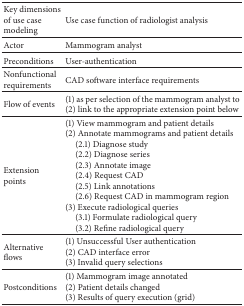
| Key dimensions of use case modeling | Use case function of radiologist analysis |
 | --- | --- |
 | Actor | Mammogram analyst |
 | Preconditions | User-authentication |
 | Nonfunctional requirements | CAD software interface requirements |
 | Flow of events | (1) as per selection of the mammogram analyst to(2) link to the appropriate extension point below |
 | Extension points | (1) View mammogram and patient details(2) Annotate mammograms and patient details (2.1) Diagnose study> (2.2) Diagnose series> (2.3) Annotate image> (2.4) Request CAD> (2.5) Link annotations> (2.6) Request CAD in mammogram region(3) Execute radiological queries> (3.1) Formulate radiological query> (3.2) Refine radiological query |
 | Alternative flows | (1) Unsuccessful User authentication(2) CAD interface error(3) Invalid query selections |
 | Postconditions | (1) Mammogram image annotated(2) Patient details changed(3) Results of query execution (grid) |